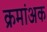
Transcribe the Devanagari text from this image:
क्रमांअक